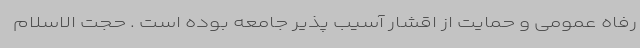
رفاه عمومی و حمایت از اقشار آسیب پذیر جامعه بوده است . حجت الاسلام